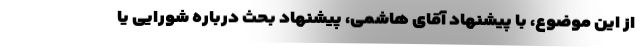
از این موضوع، با پیشنهاد آقای هاشمی، پیشنهاد بحث درباره شورایی یا